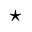
\star